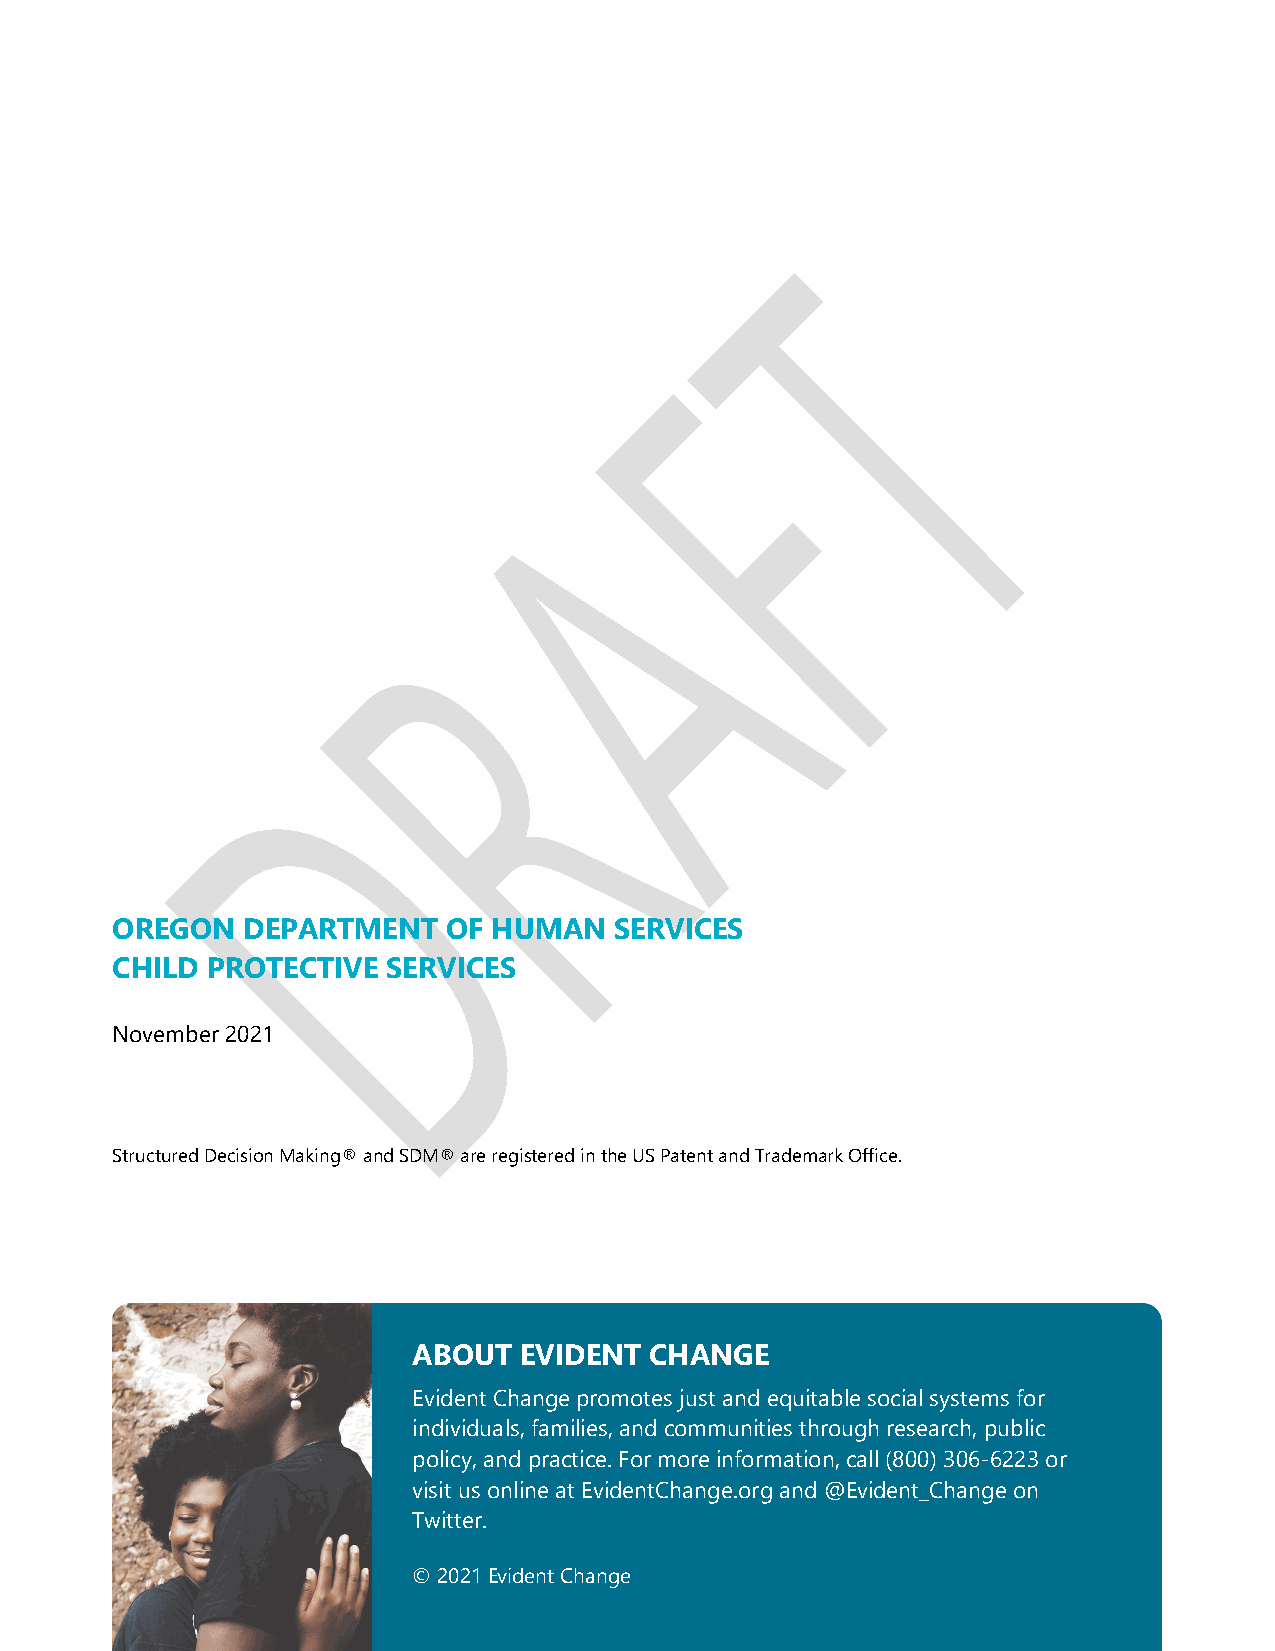
OREGON   DEPARTMENT    OF HUMAN   SERVICES
 CHILD  PROTECTIVE  SERVICES
 November 2021
 Structured Decision Making® and SDM® are registered in the US Patent and Trademark Office.
 ABOUT  EVIDENT  CHANGE
 Evident Change promotes just and equitable social systems for
 individuals, families, and communities through research, public
 policy, and practice. For more information, call (800) 306-6223 or
 visit us online at EvidentChange.org and @Evident_Change on
 Twitter.
 © 2021 Evident Change